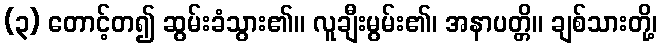
(၃) တောင့်တ၍ ဆွမ်းခံသွား၏။ လူချီးမွမ်း၏၊ အနာပတ္တိ။ ချစ်သားတို့၊